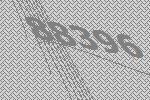
88396